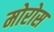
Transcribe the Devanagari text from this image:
मोरोस